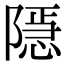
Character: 𨼆